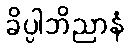
ခိပ္ပါဘိညာနံ